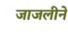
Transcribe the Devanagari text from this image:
जाजलीने